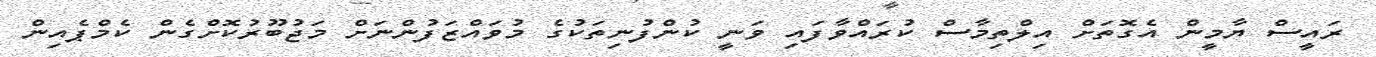
ރައީސް ޔާމީން އެގޮތަށް އިލްތިމާސް ކުރައްވާފައި ވަނީ ކުންފުނިތަކުގެ މުވައްޒަފުންނަށް މަޖުބޫރުކޮށްގެން ކެމްޕެއިން